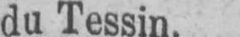
du Tessin.